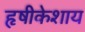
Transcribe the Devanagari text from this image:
हृषीकेशाय